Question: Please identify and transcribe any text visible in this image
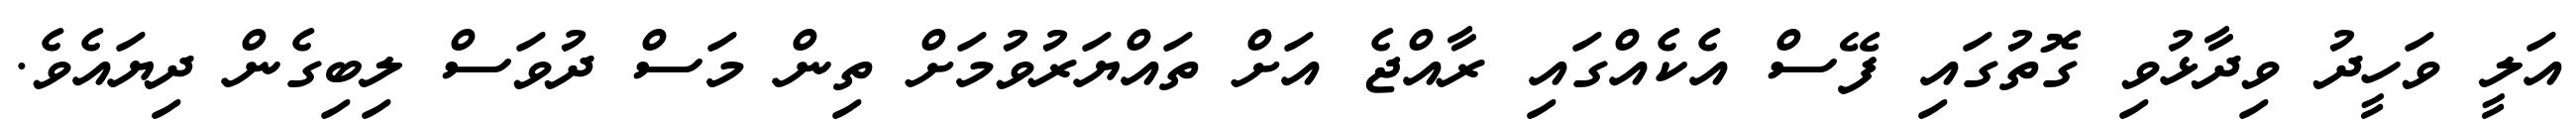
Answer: އަލީ ވަހީދު ވިދާޅުވި ގޮތުގައި ފޭސް އެކެއްގައި ރާއްޖެ އަށް ތައްޔަރުވުމަށް ތިން މަސް ދުވަސް ލިބިގެން ދިޔައެވެ.